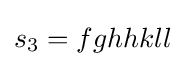
s_{3}=fghhkll